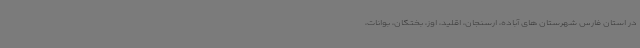
در استان فارس شهرستان های آباده، ارسنجان، اقلید، اوز، بختگان، بوانات،